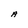
Character: A